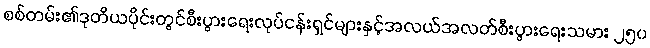
စစ်တမ်း၏ဒုတိယပိုင်းတွင်စီးပွားရေးလုပ်ငန်းရှင်များနှင့်အလယ်အလတ်စီးပွားရေးသမား ၂၅၀